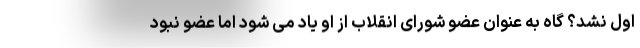
اول نشد؟ گاه به عنوان عضو شورای انقلاب از او یاد می شود اما عضو نبود